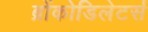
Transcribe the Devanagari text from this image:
ब्रोंकोडिलेटर्स